Annual administration report of the Civil Veterinary Department of India - 1902-1903
Year: 1902
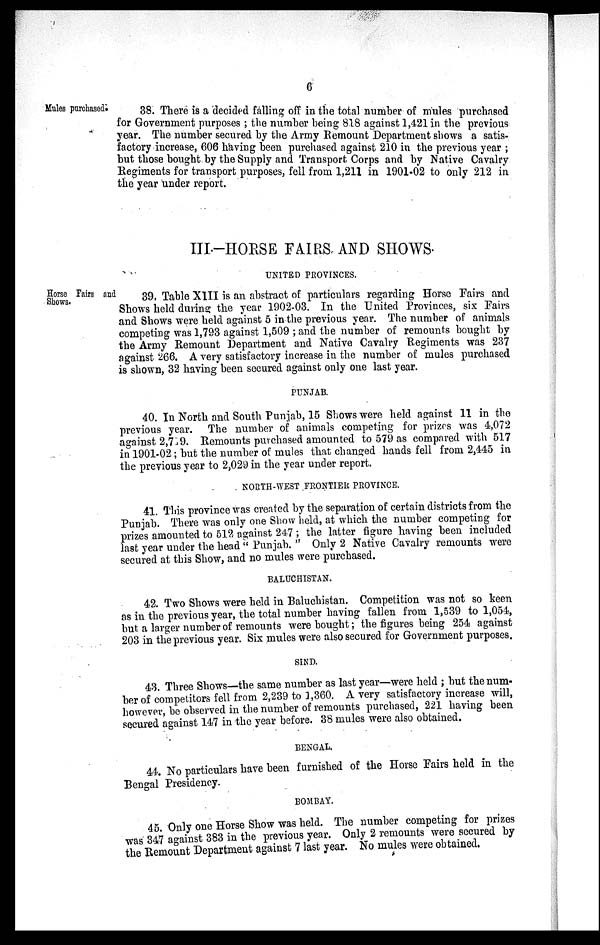
6
Mules purchased.
38. There is a decided falling off in the total number of mules purchased
for Government purposes; the number being 818 against 1,421 in the previous
year. The number secured by the Army Remount Department shows a satis-
factory increase, 606 having been purchased against 210 in the previous year;
but those bought by the Supply and Transport Corps and by Native Cavalry
Regiments for transport purposes, fell from 1,211 in 1901-02 to only 212 in
the year under report.
III—HORSE FAIRS AND SHOWS.
UNITED PROVINCES.
Horse Fairs and
Shows.
39. Table XIII is an abstract of particulars regarding Horse Fairs and
Shows held during the year 1902-03. In the United Provinces, six Fairs
and Shows were held against 5 in the previous year. The number of animals
competing was 1,793 against 1,509; and the number of remounts bought by
the Army Remount Department and Native Cavalry Regiments was 237
against 266. A very satisfactory increase in the number of mules purchased
is shown, 32 having been secured against only one last year.
PUNJAB.
40. In North and South Punjab, 15 Shows were held against 11 in the
previous year. The number of animals competing for prizes was 4,072
against 2,749. Remounts purchased amounted to 579 as compared with 517
in 1901-02; but the number of mules that changed hands fell from 2,445 in
the previous year to 2,029 in the year under report.
NORTH-WEST FRONTIER PROVINCE.
41. This province was created by the separation of certain districts from the
Punjab. There was only one Show held, at which the number competing for
prizes amounted to 512 against 247; the latter figure having been included
last year under the head "Punjab." Only 2 Native Cavalry remounts were
secured at this Show, and no mules were purchased.
BALUCHISTAN.
42. Two Shows were held in Baluchistan. Competition was not so keen
as in the previous year, the total number having fallen from 1,539 to 1,054,
but a larger number of remounts were bought; the figures being 254 against
203 in the previous year. Six mules were also secured for Government purposes.
SIND.
43. Three Shows—the same number as last year—were held; but the num-
ber of competitors fell from 2,239 to 1,360. A very satisfactory increase will,
however, be observed in the number of remounts purchased, 221 having been
secured against 147 in the year before. 38 mules were also obtained.
BENGAL.
44. No particulars have been furnished of the Horse Fairs held in the
Bengal Presidency.
BOMBAY.
45. Only one Horse Show was held. The number competing for prizes
was 347 against 383 in the previous year. Only 2 remounts were secured by
the Remount Department against 7 last year. No mules were obtained.